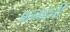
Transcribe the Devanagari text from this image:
प्रल्हादची